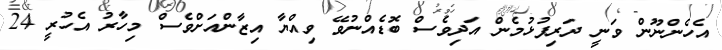
އެހެންނޫން ވަނީ ދަރިފުޅުމެން އަދިވެސް ބޮޑެއްނުވޭ ވިއްޔާ އިޒާންއަށްވެސް މިހާރު އެހުރީ 24